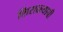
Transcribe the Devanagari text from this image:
शिराळ्याची